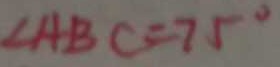
\angle A B C = 7 5 ^ { \circ }